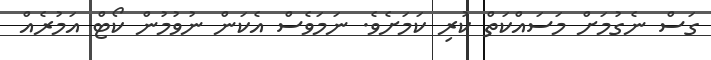
ގަސް ނެގުމަށް މަސައްކަތް ކުރި ކަމަށެވެ. ނަމަވެސް އެކަން ނުވުމުން ކޯޓް އަމުރެއް